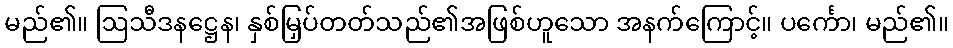
မည်၏။ ဩသီဒနဋ္ဌေန၊ နှစ်မြှပ်တတ်သည်၏အဖြစ်ဟူသော အနက်ကြောင့်။ ပင်္ကော၊ မည်၏။